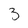
Character: 3